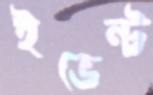
ইভেন্ট